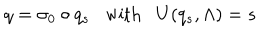
q = \sigma _ { 0 } \circ q _ { s } \; \; \mathrm { ~ w i t h ~ } \; \; U ( q _ { s } , \Lambda ) = s